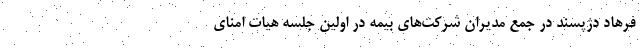
فرهاد دژپسند در جمع مدیران شرکت‌های بیمه‌ در اولین جلسه هیات امنای